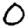
Digit: 0